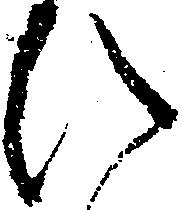
ひ